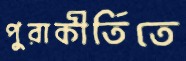
পুরাকীর্তিতে